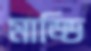
মাড্ডি